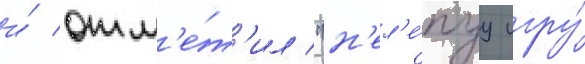
и́ отм'е́т'ил "н'ел'е́пуу игру́